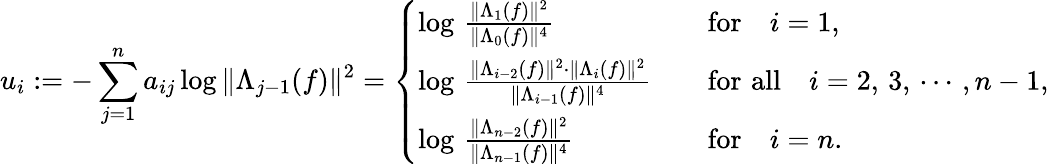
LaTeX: u_{i}:=-\sum_{j=1}^{n}a_{ij}\log\| \Lambda_{j-1}(f)\| ^{2}=\left\{ \begin{array}{ll}{\log\, \frac{\| \Lambda_{1}(f)\| ^{2}}{\| \Lambda_{0}(f)\| ^{4}}\quad}&{\mathrm{for}\quad i=1,}\\ {\log\, \frac{\| \Lambda_{i-2}(f)\| ^{2}\cdot\| \Lambda_{i}(f)\| ^{2}}{\| \Lambda_{i-1}(f)\| ^{4}}\quad}&{\mathrm{for\, \, all}\quad i=2,\, 3,\, \cdots\, ,n-1,}\\ {\log\, \frac{\| \Lambda_{n-2}(f)\| ^{2}}{\| \Lambda_{n-1}(f)\| ^{4}}\quad}&{\mathrm{for}\quad i=n.}\end{array}\right.